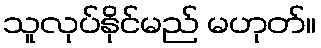
သူလုပ်နိုင်မည် မဟုတ်။